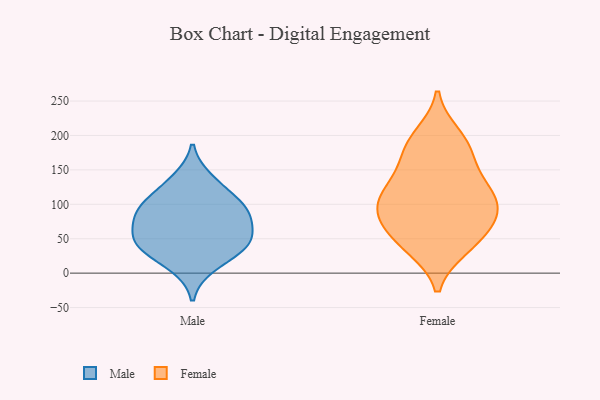
{"axis": {"x": "Satisfaction Score", "y": "Value"}, "legend": ["Female", "Male"], "data": [{"x": "", "y": 80, "type": "Male"}, {"x": "", "y": 39, "type": "Male"}, {"x": "", "y": 88, "type": "Male"}, {"x": "", "y": 43, "type": "Male"}, {"x": "", "y": 137, "type": "Male"}, {"x": "", "y": 78, "type": "Male"}, {"x": "", "y": 100, "type": "Male"}, {"x": "", "y": 50, "type": "Male"}, {"x": "", "y": 40, "type": "Male"}, {"x": "", "y": 10, "type": "Male"}, {"x": "", "y": 113, "type": "Male"}, {"x": "", "y": 106, "type": "Female"}, {"x": "", "y": 74, "type": "Female"}, {"x": "", "y": 39, "type": "Female"}, {"x": "", "y": 200, "type": "Female"}, {"x": "", "y": 97, "type": "Female"}, {"x": "", "y": 94, "type": "Female"}, {"x": "", "y": 190, "type": "Female"}, {"x": "", "y": 178, "type": "Female"}, {"x": "", "y": 47, "type": "Female"}, {"x": "", "y": 165, "type": "Female"}, {"x": "", "y": 120, "type": "Female"}, {"x": "", "y": 37, "type": "Female"}, {"x": "", "y": 130, "type": "Female"}, {"x": "", "y": 85, "type": "Female"}, {"x": "", "y": 72, "type": "Female"}, {"x": "", "y": 129, "type": "Female"}]}